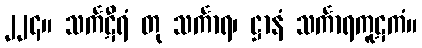
၂၂၄။ သင်္ကဋီရံ တု သင်္ကာရ၊ ဋ္ဌာနံ သင်္ကာရကူဋကံ။